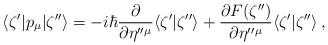
LaTeX: \begin{align*}\langle \zeta' |p_{\mu}| \zeta'' \rangle=-i\hbar\frac{\partial }{\partial \eta''{}^{\mu}}\langle \zeta' |\zeta''\rangle+\frac{\partial F(\zeta'')}{\partial \eta''{}^{\mu}}\langle \zeta' |\zeta''\rangle\,,\end{align*}